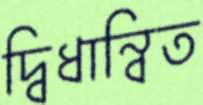
দ্বিধান্বিত